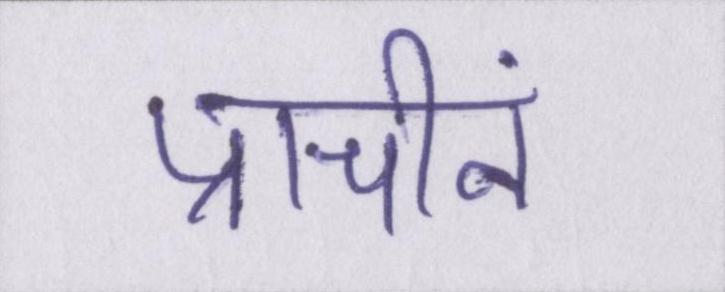
प्राचीनं